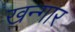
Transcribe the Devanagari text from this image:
खन्गार